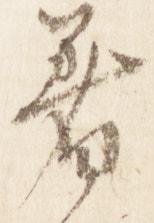
着